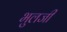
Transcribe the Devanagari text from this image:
भुलजी